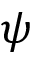
\psi